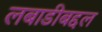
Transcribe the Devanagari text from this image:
लबाडीबद्दल